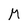
Character: M